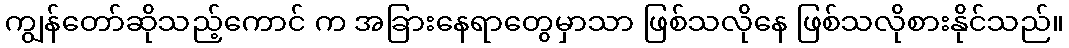
ကျွန်တော်ဆိုသည့်ကောင် က အခြားနေရာတွေမှာသာ ဖြစ်သလိုနေ ဖြစ်သလိုစားနိုင်သည်။